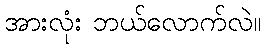
အားလုံး ဘယ်လောက်လဲ။